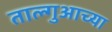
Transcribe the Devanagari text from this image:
ताल्गुआच्या